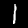
Digit: 1